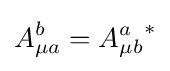
A_{\mu a}^{b}={A_{\mu b}^{a}}^{*}